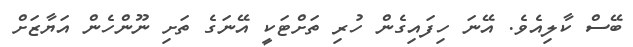
ބޭސް ކާލިއެވެ. އޭނަ ހިފައިގެން ހުރި ތަށްޓަކީ އޭނަގެ ތަށި ނޫންހެން އަޔާޒަށް